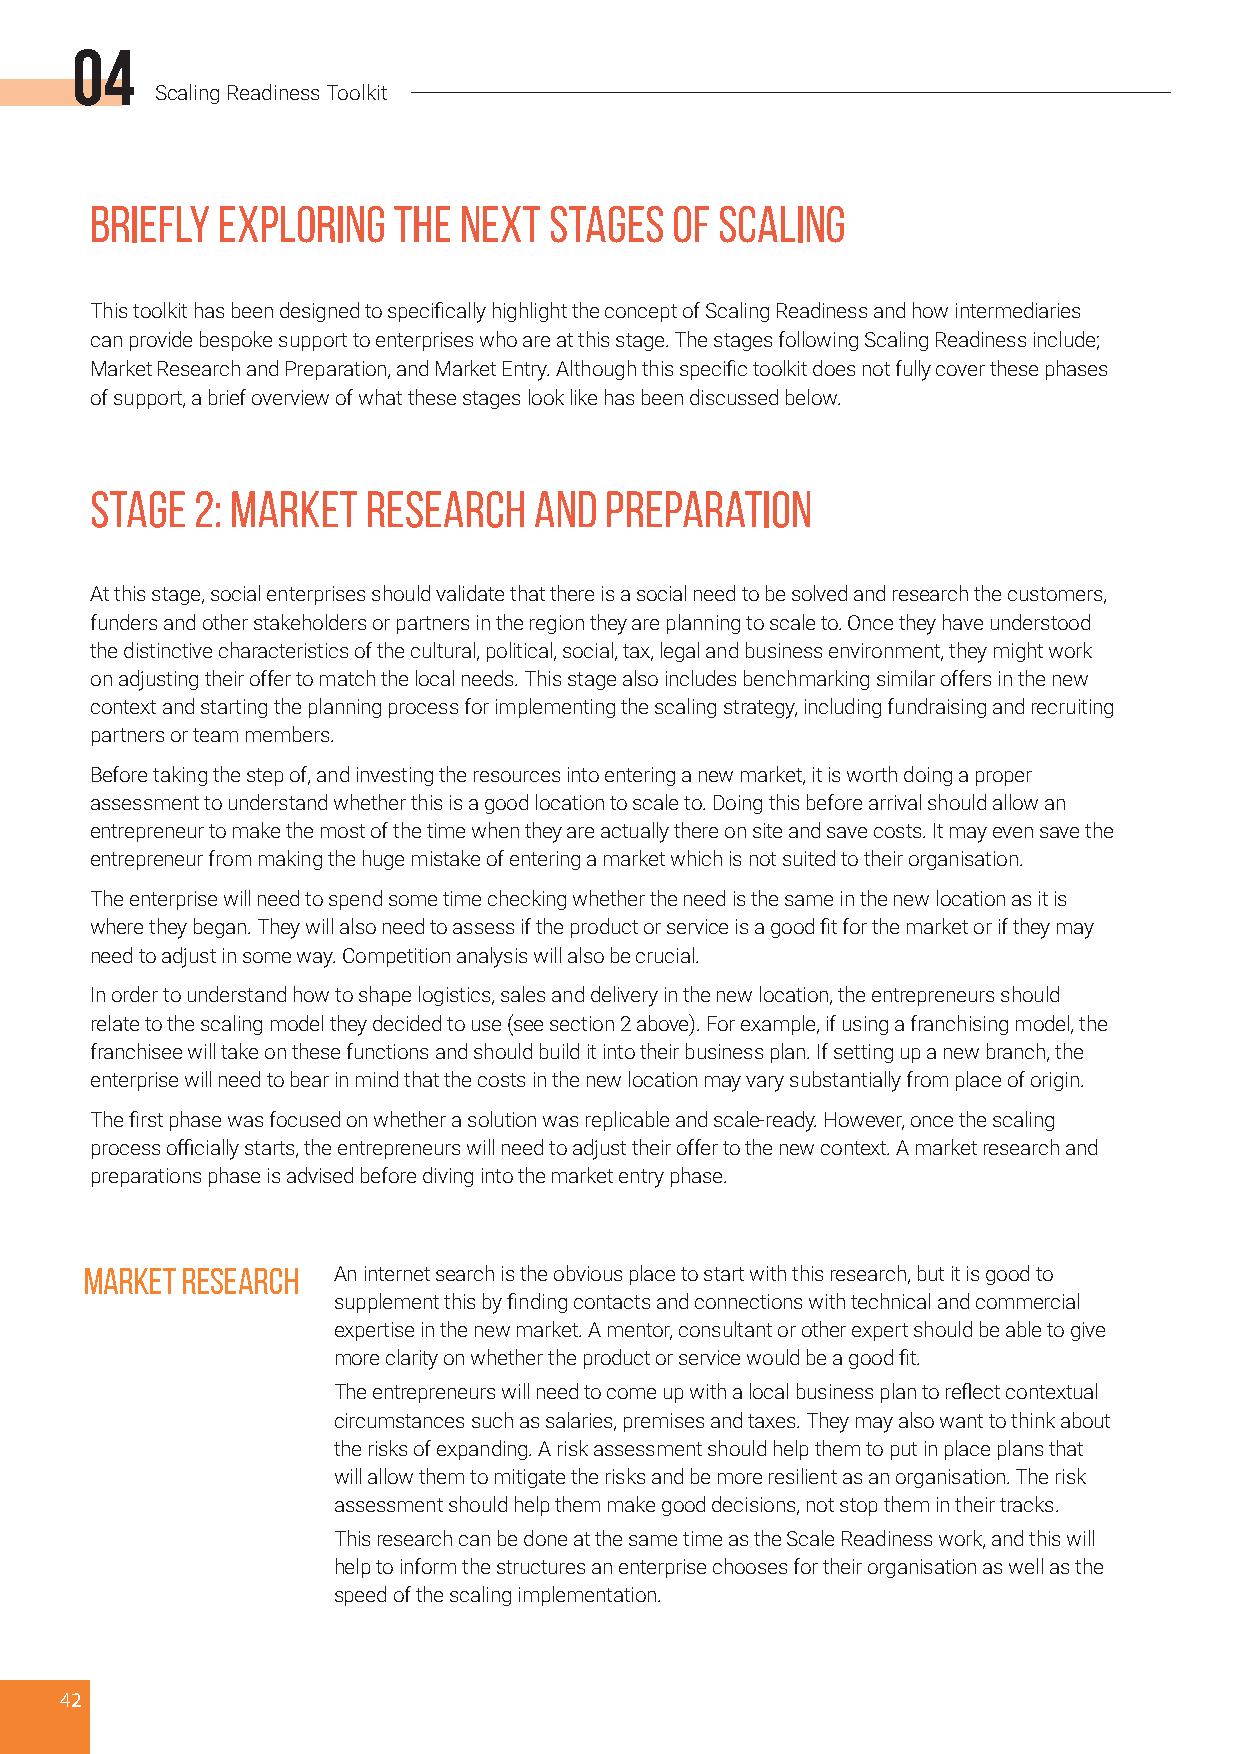
04
 Scaling Readiness Toolkit
 Briefly Exploring   the Next  Stages  of  Scaling
 This toolkit has been designed to specifically highlight the concept of Scaling Readiness and how intermediaries
 can provide bespoke support to enterprises who are at this stage. The stages following Scaling Readiness include;
 Market Research and Preparation, and Market Entry. Although this specific toolkit does not fully cover these phases
 of support, a brief overview of what these stages look like has been discussed below.
 Stage  2: Market  Research   and  Preparation
 At this stage, social enterprises should validate that there is a social need to be solved and research the customers,
 funders and other stakeholders or partners in the region they are planning to scale to. Once they have understood
 the distinctive characteristics of the cultural, political, social, tax, legal and business environment, they might work
 on adjusting their offer to match the local needs. This stage also includes benchmarking similar offers in the new
 context and starting the planning process for implementing the scaling strategy, including fundraising and recruiting
 partners or team members.
 Before taking the step of, and investing the resources into entering a new market, it is worth doing a proper
 assessment to understand whether this is a good location to scale to. Doing this before arrival should allow an
 entrepreneur to make the most of the time when they are actually there on site and save costs. It may even save the
 entrepreneur from making the huge mistake of entering a market which is not suited to their organisation.
 The enterprise will need to spend some time checking whether the need is the same in the new location as it is
 where they began. They will also need to assess if the product or service is a good fit for the market or if they may
 need to adjust in some way. Competition analysis will also be crucial.
 In order to understand how to shape logistics, sales and delivery in the new location, the entrepreneurs should
 relate to the scaling model they decided to use (see section 2 above). For example, if using a franchising model, the
 franchisee will take on these functions and should build it into their business plan. If setting up a new branch, the
 enterprise will need to bear in mind that the costs in the new location may vary substantially from place of origin.
 The first phase was focused on whether a solution was replicable and scale-ready. However, once the scaling
 process officially starts, the entrepreneurs will need to adjust their offer to the new context. A market research and
 preparations phase is advised before diving into the market entry phase.
 Market Research An internet search is the obvious place to start with this research, but it is good to
 supplement this by finding contacts and connections with technical and commercial
 expertise in the new market. A mentor, consultant or other expert should be able to give
 more clarity on whether the product or service would be a good fit.
 The entrepreneurs will need to come up with a local business plan to reflect contextual
 circumstances such as salaries, premises and taxes. They may also want to think about
 the risks of expanding. A risk assessment should help them to put in place plans that
 will allow them to mitigate the risks and be more resilient as an organisation. The risk
 assessment should help them make good decisions, not stop them in their tracks.
 This research can be done at the same time as the Scale Readiness work, and this will
 help to inform the structures an enterprise chooses for their organisation as well as the
 speed of the scaling implementation.
 42